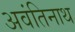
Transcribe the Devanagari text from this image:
अवंतिनाथ